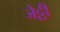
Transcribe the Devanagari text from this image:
जेट्ठी